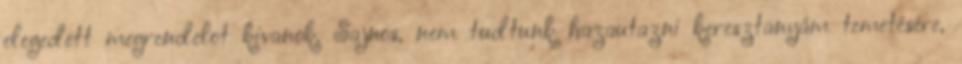
elegedett megrendelot kivanok. Sajnos, nem tudtunk hazautazni keresztanyám temetésére,